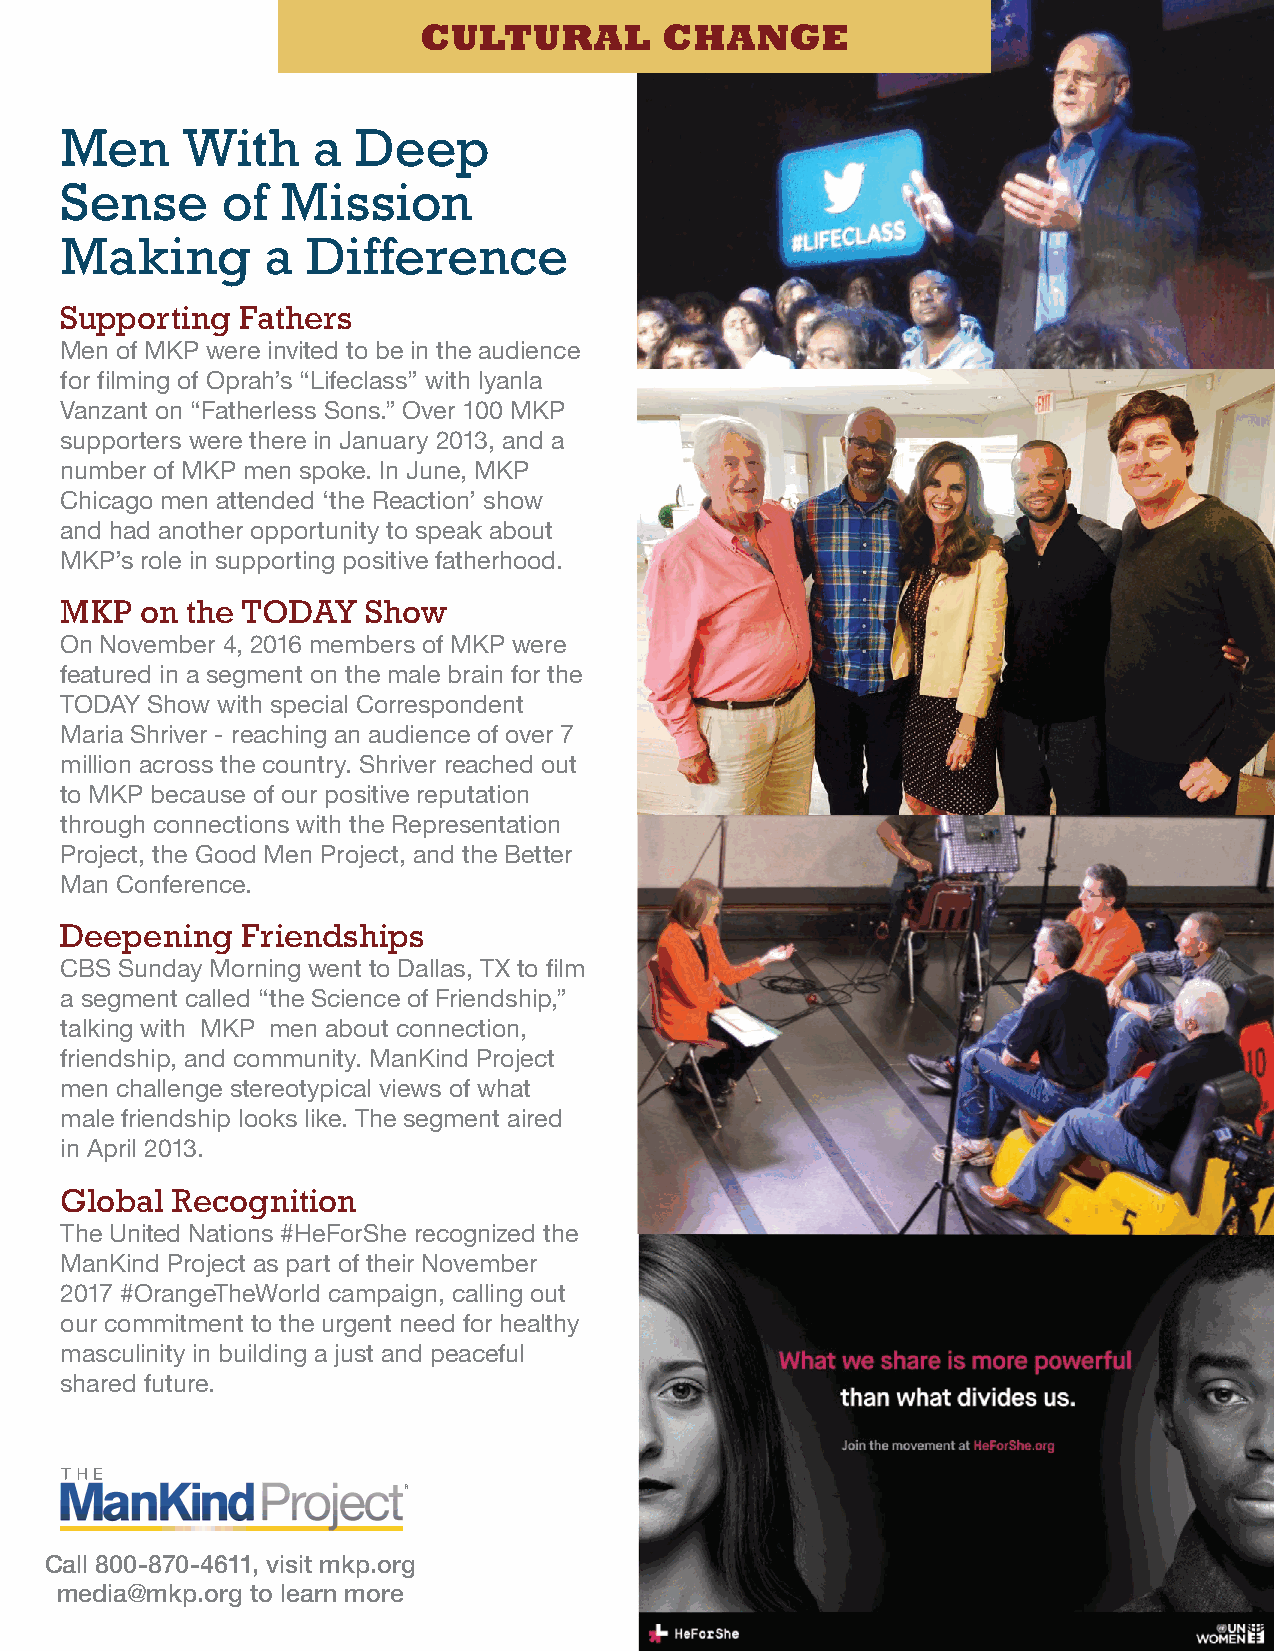
CULTURAL        CHANGE
 Men     With     a  Deep
 Sense      of  Mission
 Making       a  Difference
 Supporting  Fathers
 Men of MKP were invited to be in the audience
 for filming of Oprah’s “Lifeclass” with Iyanla
 Vanzant on “Fatherless Sons.” Over 100 MKP
 supporters were there in January 2013, and a
 number of MKP men spoke. In June, MKP
 Chicago men attended ‘the Reaction’ show
 and had another opportunity to speak about
 MKP’s role in supporting positive fatherhood.
 MKP  on the TODAY   Show
 On November 4, 2016 members of MKP were
 featured in a segment on the male brain for the
 TODAY Show with special Correspondent
 Maria Shriver - reaching an audience of over 7
 million across the country. Shriver reached out
 to MKP because of our positive reputation
 through connections with the Representation
 Project, the Good Men Project, and the Better
 Man Conference.
 Deepening   Friendships
 CBS Sunday Morning went to Dallas, TX to film
 a segment called “the Science of Friendship,”
 talking with MKP men about connection,
 friendship, and community. ManKind Project
 men challenge stereotypical views of what
 male friendship looks like. The segment aired
 in April 2013.
 Global Recognition
 The United Nations #HeForShe recognized the
 ManKind Project as part of their November
 2017 #OrangeTheWorld campaign, calling out
 our commitment to the urgent need for healthy
 masculinity in building a just and peaceful
 shared future.
 Call 800-870-4611, visit mkp.org
 media@mkp.org to learn more